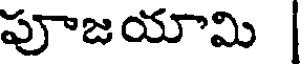
పూజయామి |